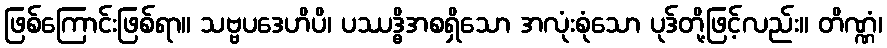
ဖြစ်ကြောင်းဖြစ်ရာ။ သဗ္ဗပဒေဟိပိ၊ ပဿဒ္ဓိအစရှိသော အလုံးစုံသော ပုဒ်တို့ဖြင့်လည်း။ တိဏ္ဏံ၊